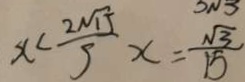
x < \frac { 2 \sqrt { 1 5 } } { 5 } x = \frac { \sqrt { 3 } } { 1 5 }